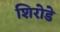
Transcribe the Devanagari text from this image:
शिरोडे